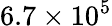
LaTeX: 6.7\times 10^{5}